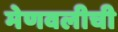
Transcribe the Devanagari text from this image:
मेणवलीची